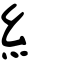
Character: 糹